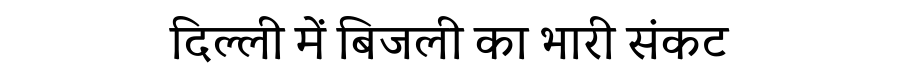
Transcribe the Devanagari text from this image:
दिल्ली में बिजली का भारी संकट